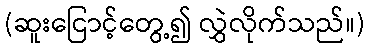
(ဆူးငြောင့်တွေ့၍ လွှဲလိုက်သည်။)